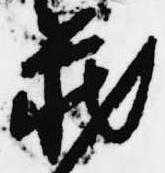
蔵